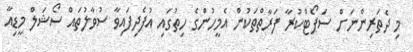
މި ދެތަރިންނަށް ސަޕޯޓްކުރާ ފަރާތްތަކުން އެމީހުންގެ ހިތުގައި އުފެދިފައިވާ ސުވާލުތައް ސޯޝަލް މީޑިއާ